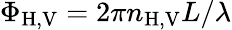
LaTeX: \Phi_{\textrm{H,V}}=2\pi n_{\textrm{H,V}}L/\lambda